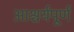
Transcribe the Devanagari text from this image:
आश्चर्यपूर्ण